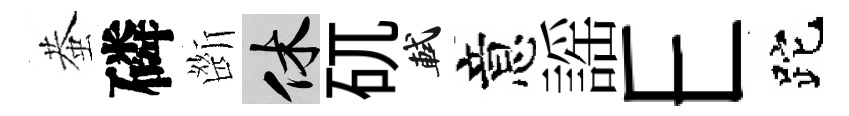
蛬磷㫁休矹軾意謡E跎